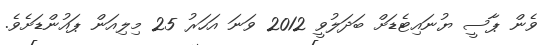
ވެން ޕާސީ ޔުނައިޓެޑަށް ބަދަލުވީ 2012 ވަނަ އަހަރު 25 މިލިއަން ޕައުންޑަށެވެ.